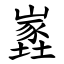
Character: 嶳